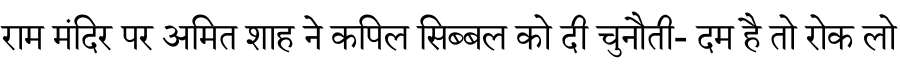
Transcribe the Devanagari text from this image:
राम मंदिर पर अमित शाह ने कपिल सिब्बल को दी चुनौती- दम है तो रोक लो